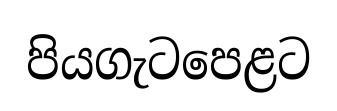
පියගැටපෙළට